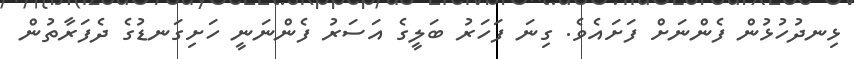
ޅިނދުހުޅުން ފެންނަށް ފަށައެވެ. ގިނަ ފަހަރު ބަލީގެ އަސަރު ފެންނަނީ ހަށިގަނޑުގެ ދެފަރާތުން